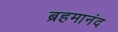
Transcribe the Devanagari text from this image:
ब्रहमानंद